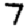
Digit: 7